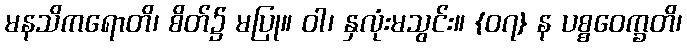
မနသိကရောတိ၊ စိတ်၌ မပြု။ ဝါ၊ နှလုံးမသွင်း။ {၀၇} န ပစ္စဝေက္ခတိ၊